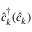
\hat { c } _ { k } ^ { \dag } ( \hat { c } _ { k } )